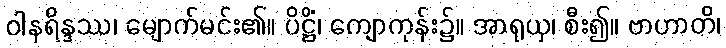
ဝါနရိန္ဒဿ၊ မျောက်မင်း၏။ ပိဋ္ဌိံ၊ ကျောကုန်း၌။ အာရုယှ၊ စီး၍။ ဗာဟာတိ၊